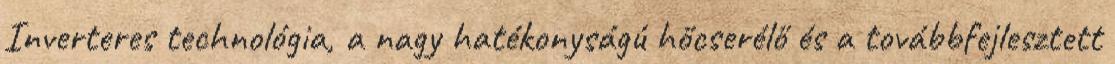
Inverteres technológia, a nagy hatékonyságú hőcserélő és a továbbfejlesztett